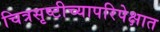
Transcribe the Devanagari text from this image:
चित्रसृष्टीच्यापरिपेक्षात